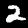
Digit: 2